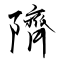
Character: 隮